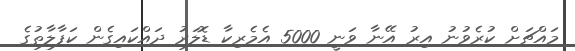
މައްޗަށް ކުރެވުނު އިރު އޭނާ ވަނީ 5000 އެމެރިކާ ޑޮލަރު ދައްކައިގެން ކަފާލާތުގެ